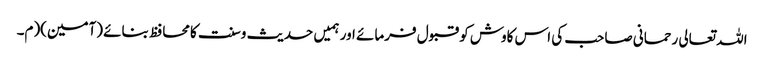
اللہ تعالی رحمانی صاحب کی اس کاوش کو قبول فرمائے اور ہمیں حدیث وسنت کامحافظ بنائے (آمین)(م۔